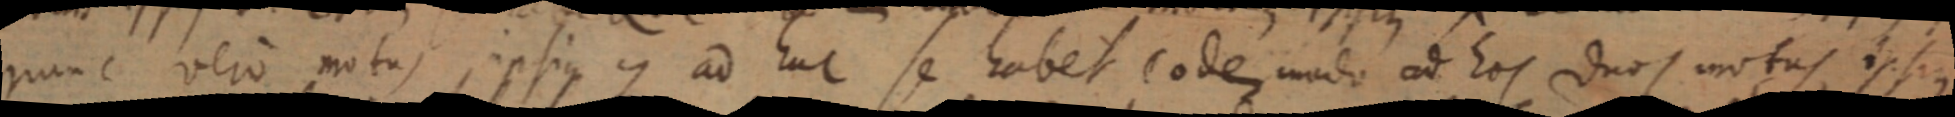
nunc vero motus, ipsius Z ad huc se habet eodem modo ad Eos duos motus ipsius